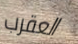
العقرب